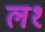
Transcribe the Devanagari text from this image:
ल१